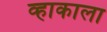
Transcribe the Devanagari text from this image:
व्हाकाला